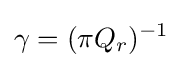
\gamma =(\pi Q_{r})^{-1}